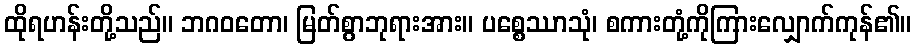
ထိုရဟန်းတို့သည်။ ဘဂဝတော၊ မြတ်စွာဘုရားအား။ ပစ္စေဿာသုံ၊ စကားတုံ့ကိုကြားလျှောက်ကုန်၏။